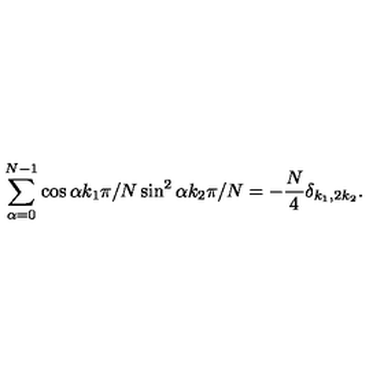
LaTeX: \sum _ { \alpha = 0 } ^ { N - 1 } \cos \alpha k _ { 1 } \pi / N \sin ^ { 2 } \alpha k _ { 2 } \pi / N = - \frac { N } { 4 } \delta _ { k _ { 1 } , 2 k _ { 2 } } .